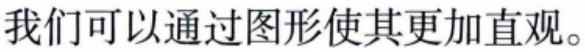
我们可以通过图形使其更加直观。